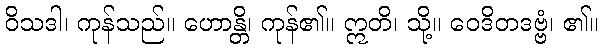
ဝိသဒါ၊ ကုန်သည်။ ဟောန္တိ၊ ကုန်၏။ ဣတိ၊ သို့။ ဝေဒိတဒဗ္ဗံ၊ ၏။